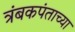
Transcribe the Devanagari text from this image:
त्रंबकपंताच्या